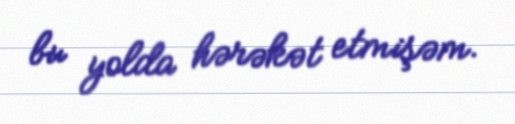
bu yolda hərəkət etmişəm.